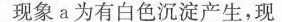
现象a为有白色沉淀产生，现